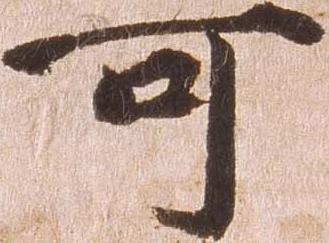
可